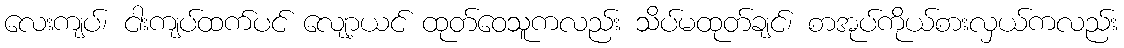
လေးကျပ်၊ ငါးကျပ်ထက်ပင် လျော့ယင် ထုတ်ဝေသူကလည်း သိပ်မထုတ်ချင်၊ စာအုပ်ကိုယ်စားလှယ်ကလည်း